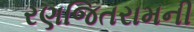
રણજિતરામની